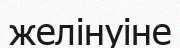
желінуіне